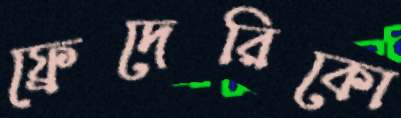
ফ্রেদেরিকো